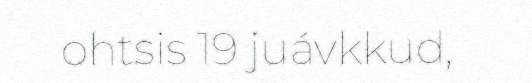
ohtsis 19 juávkkud,